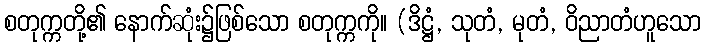
စတုက္ကတို့၏ နောက်ဆုံး၌ဖြစ်သော စတုက္ကကို။ (ဒိဋ္ဌံ, သုတံ, မုတံ, ဝိညာတံဟူသော